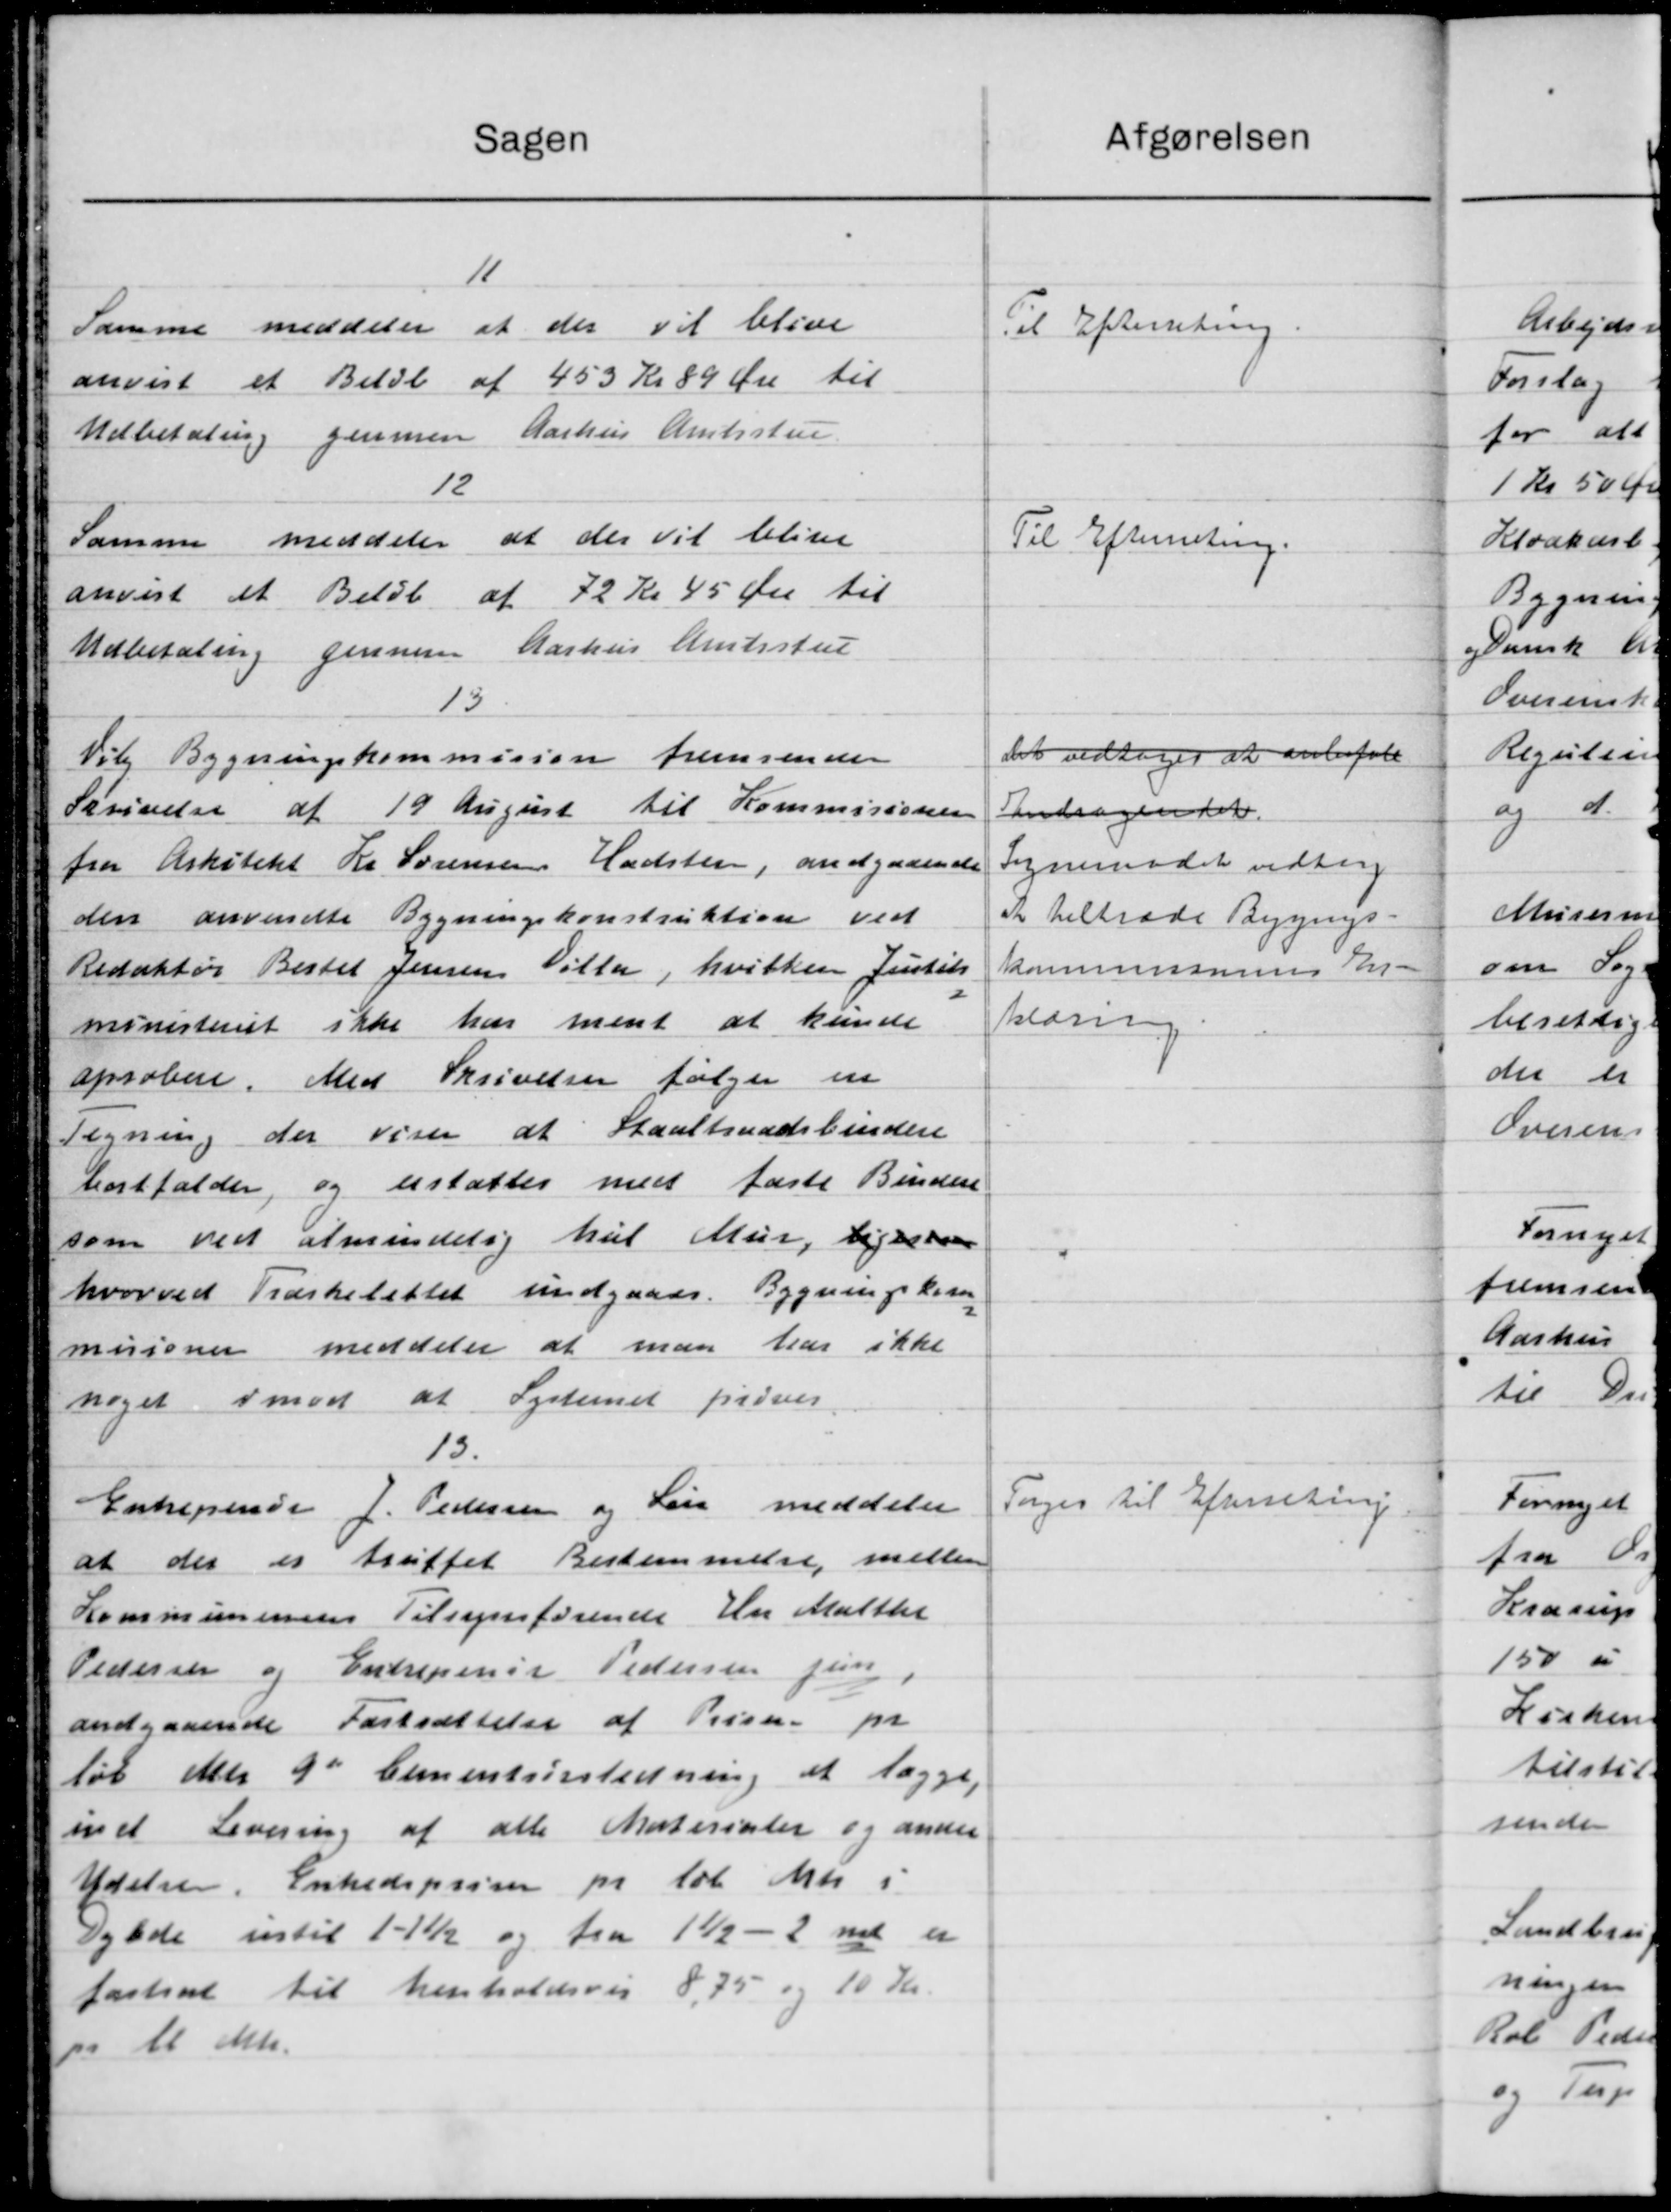
Transskription:
Sagen
11
Samme meddeler at der vil blive
anvist et Beløb af 453 Kr 89 Øre til
Udbetaling gennem Aarhus Amtsstue
12
Samme meddeler at der vil blive
anvist at Beløb af 72 Kr 45 Øre til
Udbetaling gennem Aarhus Amtsstue
15
Vil Bygningskommision fremsender
Skrivelse af 19 August til Kommisionen
fra Arkitekt Kr Sørensen Hadsten, andgaaende
den anvendte Bygningskonstruktion ved
Redaktør Bestel Jensen Villa, hvilken Justits
ministeriet ikke har ment at kunde
aprobere. Med Skrivelser følger en
Tegning der viser at Staaltraadsbindere
bortfalder, og astattes med faste Binder
som ved almindelig hel Mur, ligesaa
hvorved Trærkelettet undgaaer. Bygningskesen
misioner meddeler at man har ikke
noget imod at Lystemet prøver
13.
Entrepenør J. Pedersen og Løn meddeler
at der er truffet Bestemmelse mellem
Kommunens Tilsynsførende Hr Maltke
Pedersen og Entrepenør Pedersen fun
andgaaende Fastsættelse af Priser pr
løb atter 9de Cementeiledning at lægge,
ind Levering af alle Materialer og anner
Ydelse. Enhedspriser pr løb Mtr i
Dybde intil 11½ og fra 11-2 ne er
fastsat til henholdsvis 8,75 og 10 Kr.
1 Mtr.
"